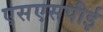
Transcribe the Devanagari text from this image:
एसएसपीई